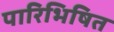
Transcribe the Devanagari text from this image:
पारिभिषित